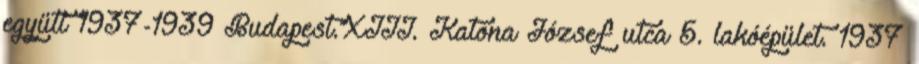
együtt 1937-1939 Budapest.XIII. Katona József utca 5. lakóépület. 1937